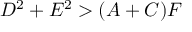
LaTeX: D ^ { 2 } + E ^ { 2 } > ( A + C ) F